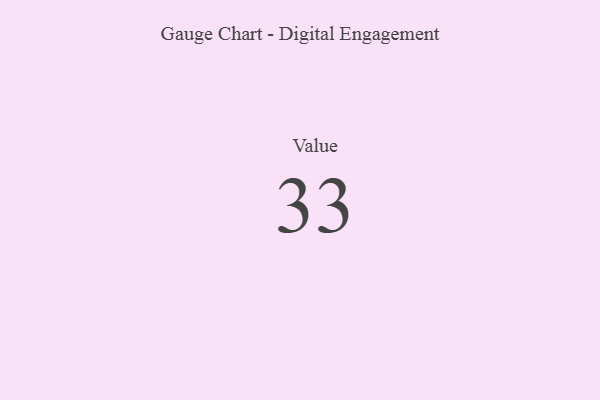
{"axis": {"x": "Metric", "y": "Value"}, "legend": [""], "data": [{"x": "Value", "y": 33, "type": ""}]}